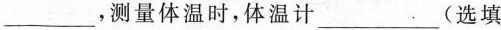
___，测量体温时，体温计___(选填